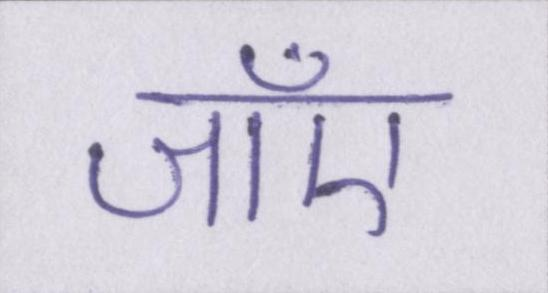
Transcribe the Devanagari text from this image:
जाँए